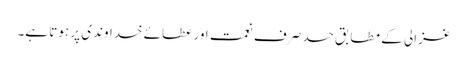
غزالی کے مطابق حسد صرف نعمت اور عطائے خداوندی پر ہوتا ہے۔